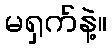
မရှက်နဲ့။